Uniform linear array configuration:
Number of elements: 8
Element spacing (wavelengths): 0.25
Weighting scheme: uniform
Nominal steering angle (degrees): -45
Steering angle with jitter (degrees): -46.44
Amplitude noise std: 0.05
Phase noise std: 0.05

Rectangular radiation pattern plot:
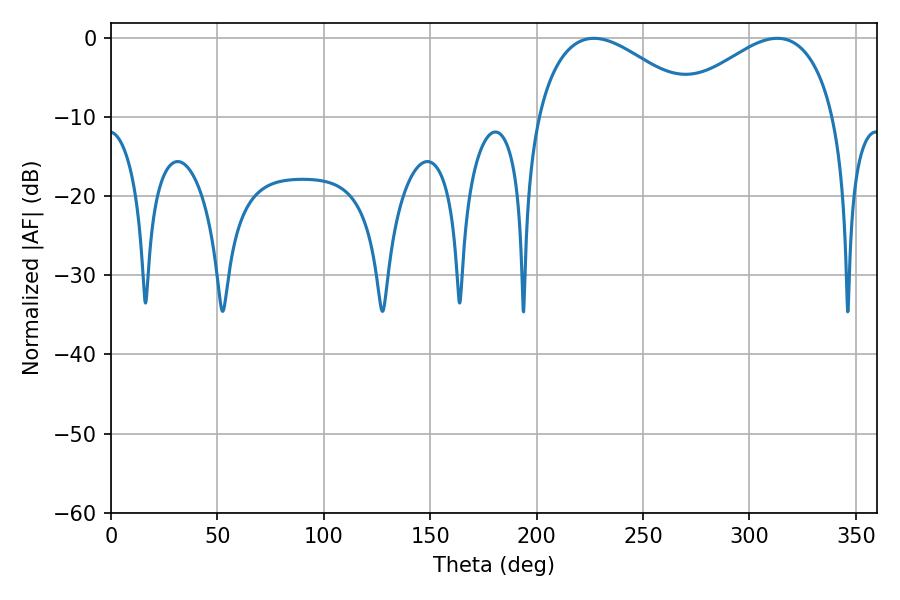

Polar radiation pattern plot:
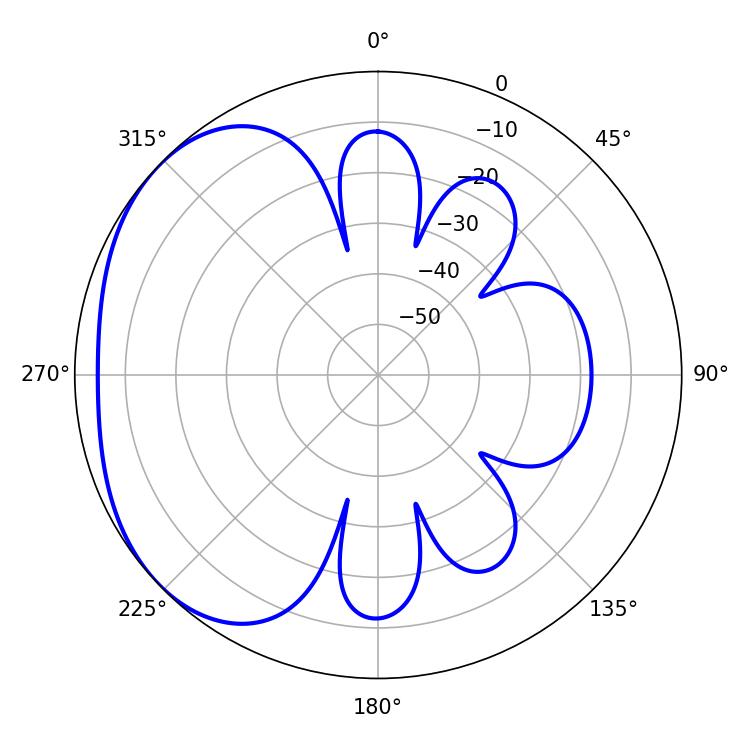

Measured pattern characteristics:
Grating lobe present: FALSE
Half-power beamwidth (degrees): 41.76
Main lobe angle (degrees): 226.98